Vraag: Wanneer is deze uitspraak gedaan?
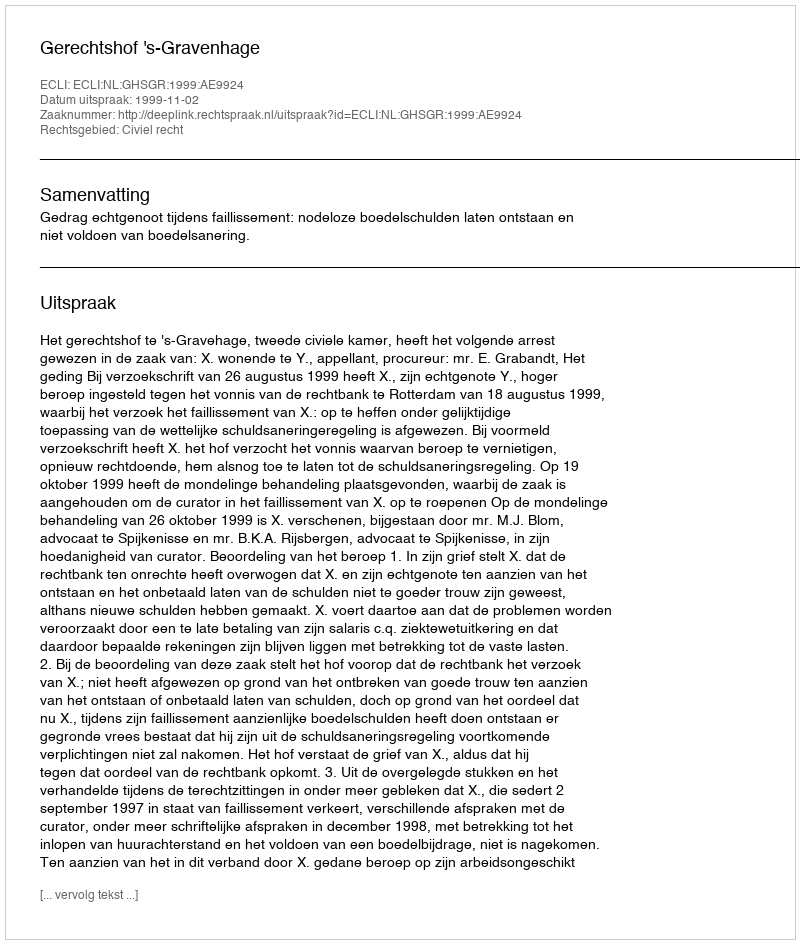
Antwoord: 1999-11-02